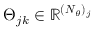
\boldsymbol { \Theta } _ { j k } \in \mathbb { R } ^ { ( \boldsymbol { N } _ { \theta } ) _ { j } }